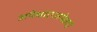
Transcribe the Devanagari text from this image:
अपेक्षाएअपेक्षाएं